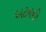
બટનની